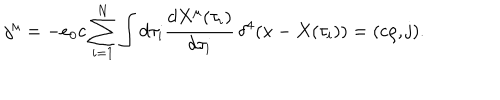
j ^ { \mu } = - e _ { 0 } c \sum _ { i = 1 } ^ { N } \int d \tau _ { i } \frac { d X ^ { \mu } ( \tau _ { i } ) } { d \tau _ { i } } \, \delta ^ { 4 } ( x - X ( \tau _ { i } ) ) = ( c \rho , { \mathbf j } ) .